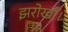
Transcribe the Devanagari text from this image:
झरोखों।